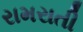
રામરાતી